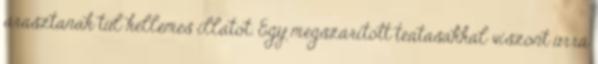
árasztanak túl kellemes illatot. Egy megszárított teatasakkal viszont úrrá